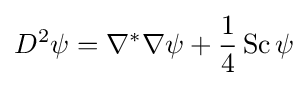
D^{2}\psi =\nabla ^{*}\nabla \psi +{\frac {1}{4}}\operatorname {Sc} \psi